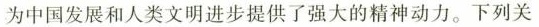
为中国发展和人类文明进步提供了强大的精神动力。下列关